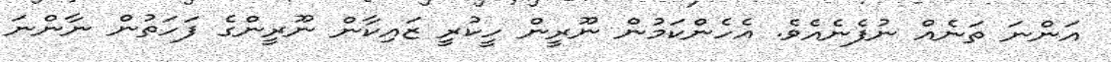
އަންނަ ތަނެއް ނުފެނެއެވެ. އެހެންކަމުން ނޫރީން ހީކުރީ ޒައިކާން ނޫރީންގެ ފަހަތުން ނާންނަ